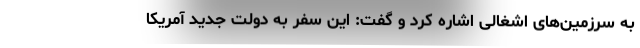
به سرزمین‌های اشغالی اشاره کرد و گفت: این سفر به دولت جدید آمریکا